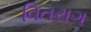
વિતરાગ